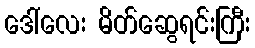
ဒေါ်လေး မိတ်ဆွေရင်းကြီး